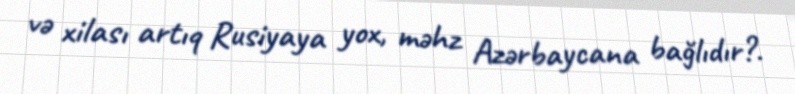
və xilası artıq Rusiyaya yox, məhz Azərbaycana bağlıdır?.